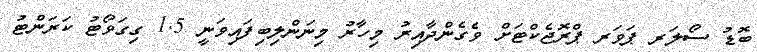
ބޮޑު ސޯލަރ ޕަވަރ ޕްރޮޖެކްޓަށް ވެގެންދާއިރު މިހާރު މިނަންލިބިފައިވަނީ 1.5 ގިގަވޯޓު ކަރަންޓު